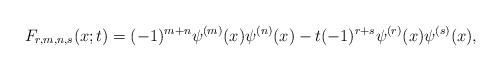
LaTeX: \begin{align*} F_{r, m,n,s}(x; t)= (-1)^{m+n}\psi^{(m)}(x)\psi^{(n)}(x) - t(-1)^{r+s}\psi^{(r)}(x)\psi^{(s)}(x),\end{align*}